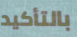
بالتأكيد